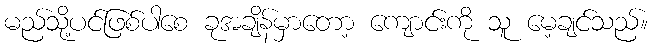
မည်သို့ပင်ဖြစ်ပါစေ ခုအချိန်မှာတော့ ကျောင်းကို သူ မေ့ချင်သည်။